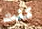
كنت